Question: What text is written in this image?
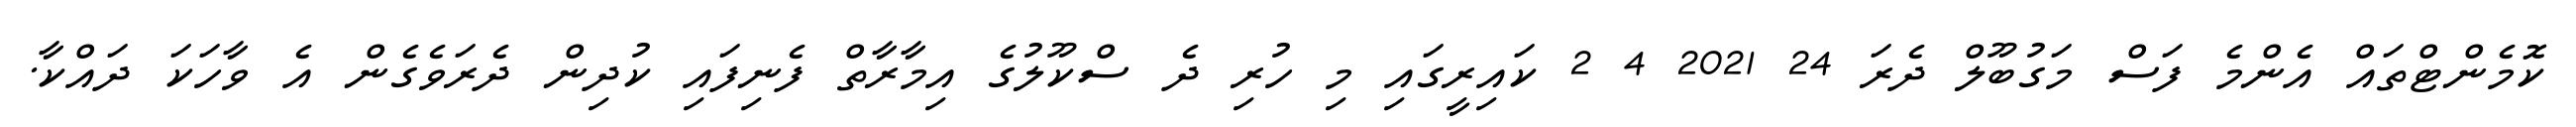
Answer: ކޮމެންޓްތައް އެންމެ ފަސް މަގުބޫލް ދެރަ 24 2021 4 2 ކައިރީގައި މި ހުރި ދެ ސްކޫލުގެ އިމާރާތް ފެނިފައި ކުދިން ދެރަވެގެން އެ ވާހަކަ ދައްކާ.